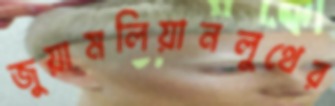
জুয়ামলিয়ানলুথের